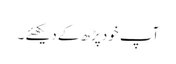
آپ خود پڑھ کے دیکھئے ۔